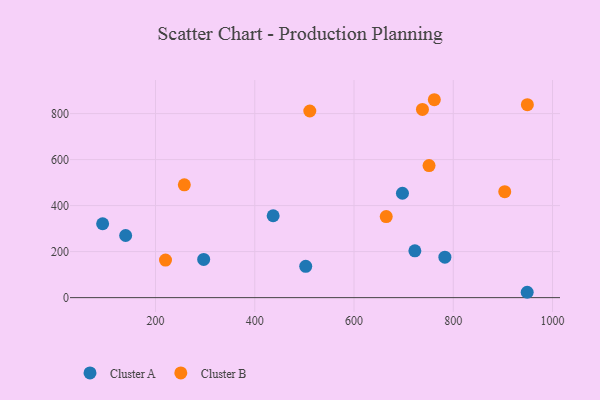
{"axis": {"x": "Distance", "y": "Demand"}, "legend": ["Cluster A", "Cluster B"], "data": [{"x": "502.7", "y": 136.1, "type": "Cluster A"}, {"x": "139.9", "y": 270.0, "type": "Cluster A"}, {"x": "297.1", "y": 166.2, "type": "Cluster A"}, {"x": "783.1", "y": 175.9, "type": "Cluster A"}, {"x": "948.9", "y": 23.3, "type": "Cluster A"}, {"x": "93.5", "y": 321.1, "type": "Cluster A"}, {"x": "437.1", "y": 356.0, "type": "Cluster A"}, {"x": "697.6", "y": 453.7, "type": "Cluster A"}, {"x": "722.6", "y": 203.4, "type": "Cluster A"}, {"x": "949.3", "y": 838.7, "type": "Cluster B"}, {"x": "751.2", "y": 573.9, "type": "Cluster B"}, {"x": "258.1", "y": 490.4, "type": "Cluster B"}, {"x": "737.9", "y": 817.9, "type": "Cluster B"}, {"x": "761.8", "y": 860.2, "type": "Cluster B"}, {"x": "664.9", "y": 352.2, "type": "Cluster B"}, {"x": "510.9", "y": 811.2, "type": "Cluster B"}, {"x": "903.7", "y": 460.5, "type": "Cluster B"}, {"x": "220.2", "y": 163.4, "type": "Cluster B"}]}